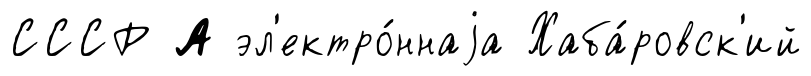
СССР А эл'ектро́ннаjа Хаба́ровск'ий